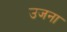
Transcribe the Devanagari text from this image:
उजना